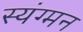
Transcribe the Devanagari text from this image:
स्यंग्मन